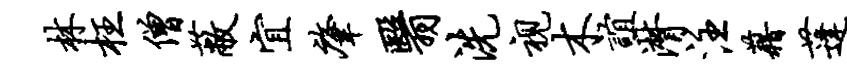
林枉僧蔽宜肇翳洗视木谊潸注藉蓬